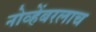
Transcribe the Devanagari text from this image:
नोव्हेंबरलाच